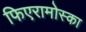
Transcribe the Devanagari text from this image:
फिएरामोस्का